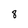
Character: 8